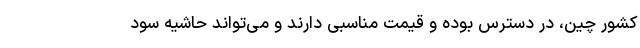
کشور چین، در دسترس بوده و قیمت مناسبی دارند و می‌تواند حاشیه سود